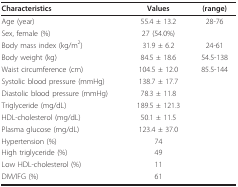
<table><thead><tr><td><b>Characteristics</b></td><td><b>Values</b></td><td><b>(range)</b></td></tr></thead><tbody><tr><td>Age (year)</td><td>55.4 ± 13.2</td><td>28-76</td></tr><tr><td>Sex, female (%)</td><td>27 (54.0%)</td><td></td></tr><tr><td>Body mass index (kg/m<sup>2</sup>)</td><td>31.9 ± 6.2</td><td>24-61</td></tr><tr><td>Body weight (kg)</td><td>84.5 ± 18.6</td><td>54.5-138</td></tr><tr><td>Waist circumference (cm)</td><td>104.5 ± 12.0</td><td>85.5-144</td></tr><tr><td>Systolic blood pressure (mmHg)</td><td>138.7 ± 17.7</td><td></td></tr><tr><td>Diastolic blood pressure (mmHg)</td><td>78.3 ± 11.8</td><td></td></tr><tr><td>Triglyceride (mg/dL)</td><td>189.5 ± 121.3</td><td></td></tr><tr><td>HDL-cholesterol (mg/dL)</td><td>50.1 ± 11.5</td><td></td></tr><tr><td>Plasma glucose (mg/dL)</td><td>123.4 ± 37.0</td><td></td></tr><tr><td>Hypertension (%)</td><td>74</td><td></td></tr><tr><td>High triglyceride (%)</td><td>49</td><td></td></tr><tr><td>Low HDL-cholesterol (%)</td><td>11</td><td></td></tr><tr><td>DM/IFG (%)</td><td>61</td><td></td></tr></tbody></table>